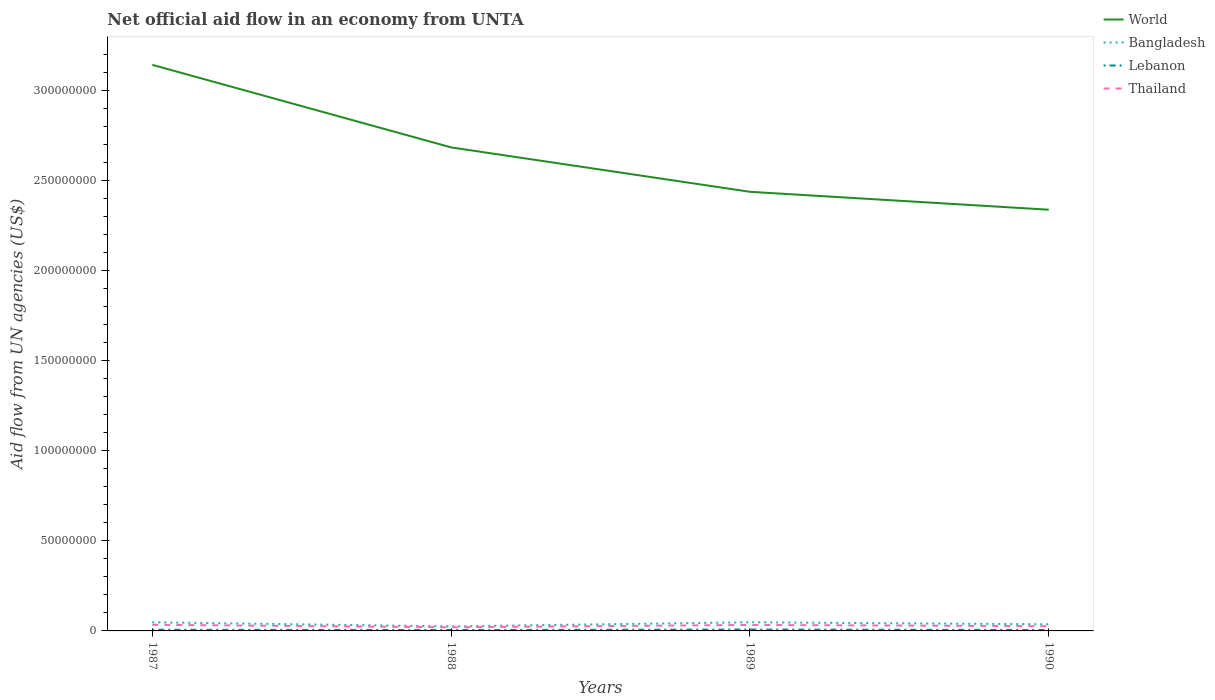
| Years | World | Bangladesh | Lebanon | Thailand |
 | --- | --- | --- | --- | --- |
 | 1987 | 3.14e+08 | 4.78e+06 | 6.5e+05 | 3.4e+06 |
 | 1988 | 2.68e+08 | 2.52e+06 | 4.9e+05 | 2.01e+06 |
 | 1989 | 2.44e+08 | 4.8e+06 | 7.9e+05 | 3.31e+06 |
 | 1990 | 2.34e+08 | 3.67e+06 | 5.1e+05 | 2.63e+06 |